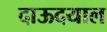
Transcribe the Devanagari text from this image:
दाऊदयाल